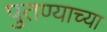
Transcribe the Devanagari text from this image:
पुतण्याच्या